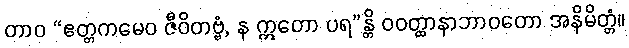
တာဝ “ဧတ္တကမေဝ ဇီဝိတဗ္ဗံ, န ဣတော ပရ”န္တိ ဝဝတ္ထာနာဘာဝတော အနိမိတ္တံ။